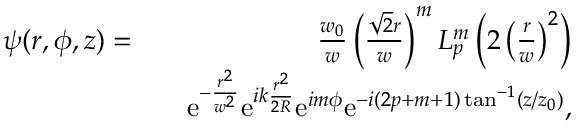
\begin{array} { r l r } { \psi ( r , \phi , z ) = } & { } & { \frac { w _ { 0 } } { w } \left( \frac { \sqrt { 2 } r } { w } \right) ^ { m } L _ { p } ^ { m } \left( 2 \left( \frac { r } { w } \right) ^ { 2 } \right) } \\ & { } & { \mathrm { e } ^ { - \frac { r ^ { 2 } } { w ^ { 2 } } } \mathrm { e } ^ { i k \frac { r ^ { 2 } } { 2 R } } \mathrm { e } ^ { i m \phi } \mathrm { e } ^ { - i ( 2 p + m + 1 ) \tan ^ { - 1 } ( z / z _ { 0 } ) } , } \end{array}